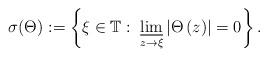
LaTeX: \begin{align*} \sigma(\Theta):=\left\{ \xi\in\mathbb{T}:\;\varliminf_{z\to\xi}\left|\Theta\left(z\right)\right|=0\right\}.\end{align*}